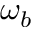
\omega _ { b }